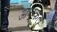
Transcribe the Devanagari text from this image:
अन्कल